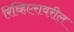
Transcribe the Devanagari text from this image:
रिव्हिएरावरील